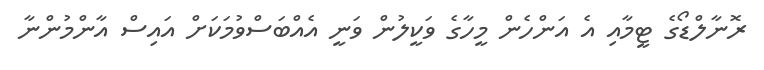
ރޮނާލްޑޯގެ ޓީމާއި އެ އަންހެން މީހާގެ ވަކީލުން ވަނީ އެއްބަސްވުމަކަށް އައިސް އާންމުންނާ